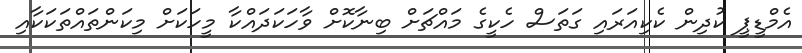
އެމްޑީޕީ ކުދިން ކެކިއަރައި ގަތަސް ހެކީގެ މައްޗަށް ބިނާކޮށް ވާހަކަދަައްކާ މީހަކަށް މިކަންތައްތަކަކާއި